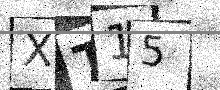
Text: XT15